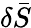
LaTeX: \delta\bar{S}